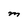
Character: M